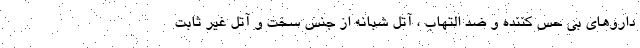
داروهای بی حس کننده و ضد التهاب ، آتل شبانه از جنس سخت و آتل غیر ثابت